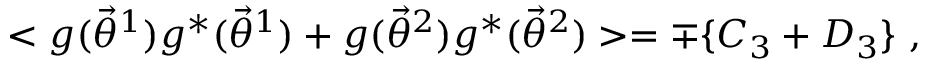
< g ( { \vec { \theta } } ^ { 1 } ) g ^ { * } ( { \vec { \theta } } ^ { 1 } ) + g ( { \vec { \theta } } ^ { 2 } ) g ^ { * } ( { \vec { \theta } } ^ { 2 } ) > = \mp \{ C _ { 3 } + D _ { 3 } \} \ ,